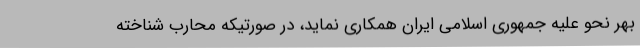
بهر نحو علیه جمهوری اسلامی ایران همکاری نماید، در صورتیکه محارب شناخته